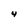
Character: 4